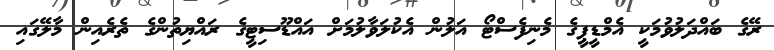
ރޭގެ ބައްދަލުވުމަކީ އެމްޑީޕީގެ މެނިފެސްޓޯ އަލުން އެކުލަވާލުމަށް އައްޑޫސިޓީގެ ރައްޔިތުންގެ ތެރެއިން މާލޭގައި